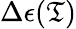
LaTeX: \Delta\epsilon(\mathfrak{T})